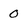
Character: 0